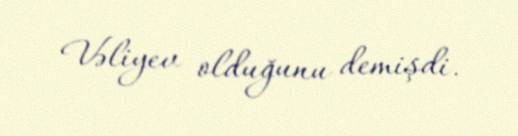
Vəliyev olduğunu demişdi.